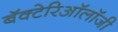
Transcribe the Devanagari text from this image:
बॅक्टेरिऑलॉजी